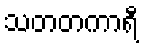
သတတကာရီ